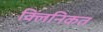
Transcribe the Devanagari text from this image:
क्लिनिकत